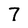
Character: 7